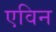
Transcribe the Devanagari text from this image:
एविन